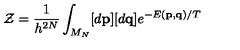
{ \mathcal { Z } } = \frac { 1 } { h ^ { 2 N } } \int _ { M _ { N } } [ d { \bf { p } } ] [ d { \bf { q } } ] e ^ { - E ( { \bf { p } } , { \bf { q } } ) / T }